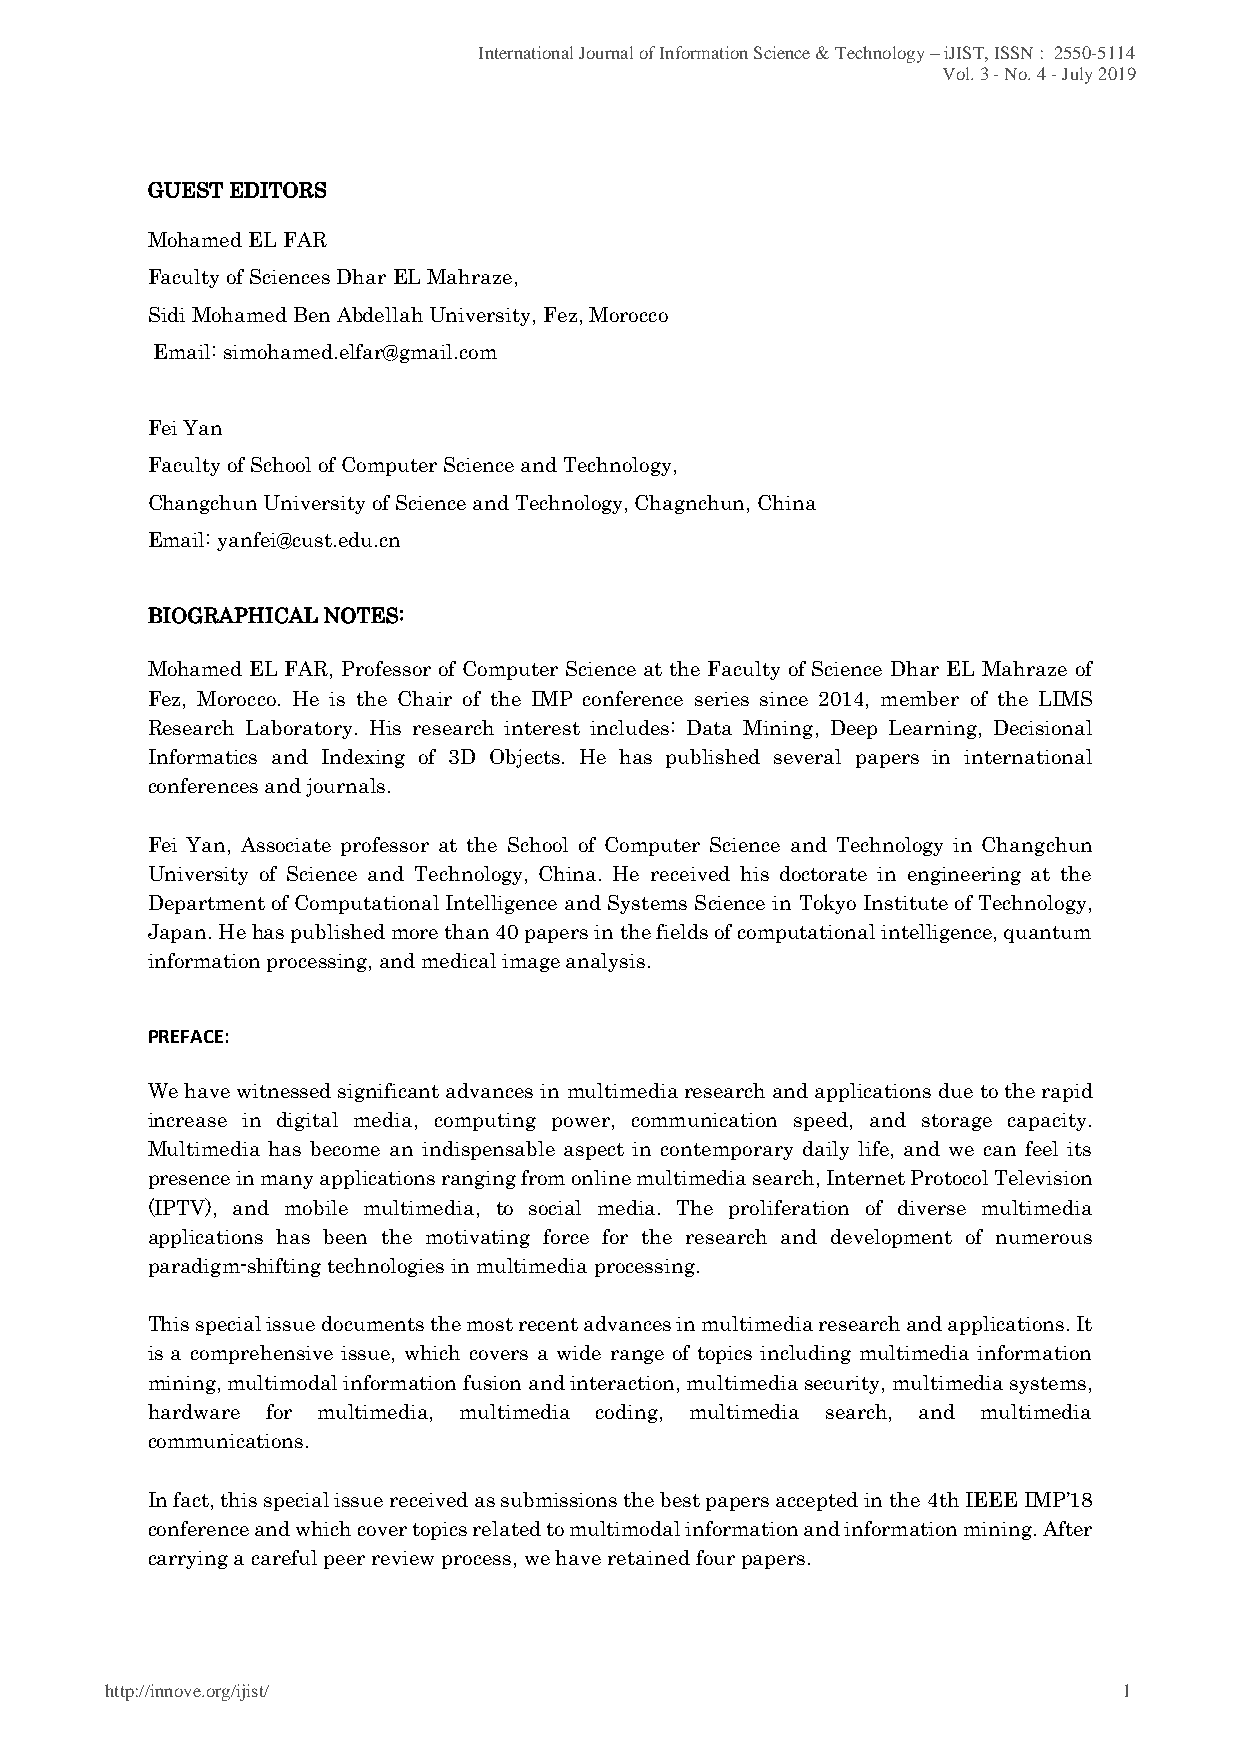
International Journal of Information Science & Technology – iJIST, ISSN : 2550-5114
 Vol. 3 - No. 4 - July 2019
 GUEST EDITORS
 Mohamed EL FAR
 Faculty of Sciences Dhar EL Mahraze,
 Sidi Mohamed Ben Abdellah University, Fez, Morocco
 Email: simohamed.elfar@gmail.com
 Fei Yan
 Faculty of School of Computer Science and Technology,
 Changchun University of Science and Technology, Chagnchun, China
 Email: yanfei@cust.edu.cn
 BIOGRAPHICAL NOTES:
 Mohamed EL FAR, Professor of Computer Science at the Faculty of Science Dhar EL Mahraze of
 Fez, Morocco. He is the Chair of the IMP conference series since 2014, member of the LIMS
 Research Laboratory. His research interest includes: Data Mining, Deep Learning, Decisional
 Informatics and Indexing of 3D Objects. He has published several papers in international
 conferences and journals.
 Fei Yan, Associate professor at the School of Computer Science and Technology in Changchun
 University of Science and Technology, China. He received his doctorate in engineering at the
 Department of Computational Intelligence and Systems Science in Tokyo Institute of Technology,
 Japan. He has published more than 40 papers in the fields of computational intelligence, quantum
 information processing, and medical image analysis.
 PREFACE:
 We have witnessed significant advances in multimedia research and applications due to the rapid
 increase in digital media, computing power, communication speed, and storage capacity.
 Multimedia has become an indispensable aspect in contemporary daily life, and we can feel its
 presence in many applications ranging from online multimedia search, Internet Protocol Television
 (IPTV), and mobile multimedia, to social media. The proliferation of diverse multimedia
 applications has been the motivating force for the research and development of numerous
 paradigm-shifting technologies in multimedia processing.
 This special issue documents the most recent advances in multimedia research and applications. It
 is a comprehensive issue, which covers a wide range of topics including multimedia information
 mining, multimodal information fusion and interaction, multimedia security, multimedia systems,
 hardware for multimedia, multimedia coding, multimedia search, and multimedia
 communications.
 In fact, this special issue received as submissions the best papers accepted in the 4th IEEE IMP’18
 conference and which cover topics related to multimodal information and information mining. After
 carrying a careful peer review process, we have retained four papers.
 http://innove.org/ijist/                                           1